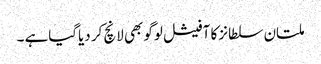
ملتان سلطانز کا آفیشل لوگو بھی لانچ کر دیاگیاہے ۔